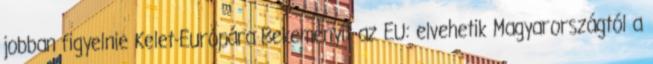
jobban figyelnie Kelet-Európára Bekeményít az EU: elvehetik Magyarországtól a